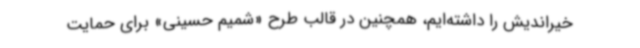
خیراندیش را داشته‌ایم، همچنین در قالب طرح «شمیم حسینی» برای حمایت